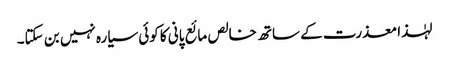
لہٰذا معذرت کے ساتھ خالص مائع پانی کا کوئی سیارہ نہیں بن سکتا۔